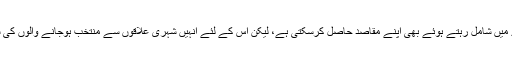
ایم کیو ایم پاکستان، وفاقی دھارے میں شامل رہتے ہوئے بھی اپنے مقاصد حاصل کرسکتی ہے، لیکن اس کے لئے انہیں شہری علاقوں سے منتخب ہوجانے والوں کی شدید مزاحمت کا سامنا کرنا ہوگا۔